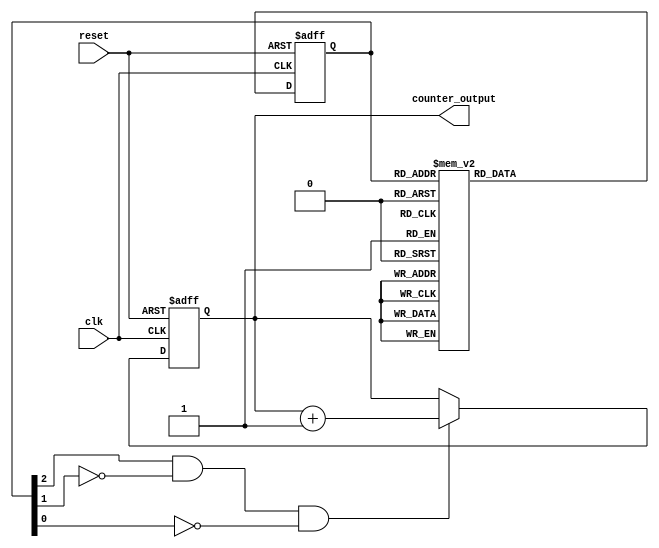
module johnson_counter_clock_divider (
    input clk,
    input reset,
    output reg [3:0] counter_output
);

reg [2:0] state;

always @(posedge clk or posedge reset) begin
    if (reset) begin
        state <= 3'b000;
    end else begin
        case (state)
            3'b000: state <= 3'b001;
            3'b001: state <= 3'b011;
            3'b011: state <= 3'b010;
            3'b010: state <= 3'b110;
            3'b110: state <= 3'b100;
            3'b100: state <= 3'b101;
            3'b101: state <= 3'b111;
            3'b111: state <= 3'b000;
        endcase
    end
end

always @(posedge clk or posedge reset) begin
    if (reset) begin
        counter_output <= 4'b0000;
    end else if (state[2] && ~state[1] && ~state[0]) begin
        counter_output <= counter_output + 1;
    end
end

endmodule